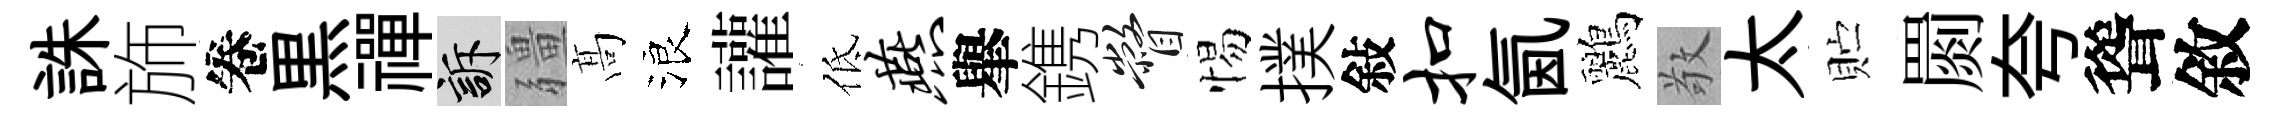
誅斾卷黒禪訴疆髙浪讙低燕𦦙鎸瞥惕撲敍扣氤鸝敬太贮罽夸聳敘